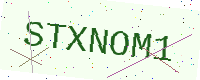
Text: STXNOM1